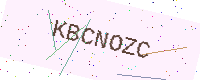
Text: KBCNOZC